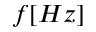
f [ H z ]